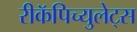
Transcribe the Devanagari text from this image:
रीकॅपिच्युलेट्स